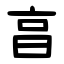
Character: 亯